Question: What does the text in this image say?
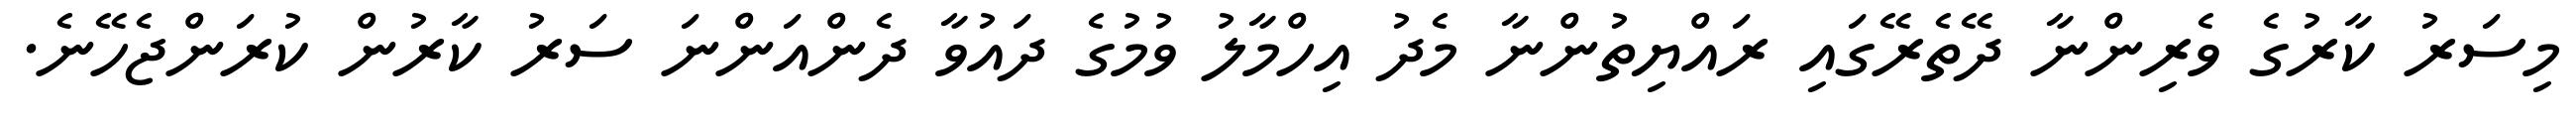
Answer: މިސަރު ކާރުގެ ވެރިންނާ ދޭތެރޭގައި ރައްޔިތުންނާ މެދު އިހްމާލު ވުމުގެ ދައުވާ ދެންއަންނަ ސަރު ކާރުން ކުރަންޖެހޭނެ.